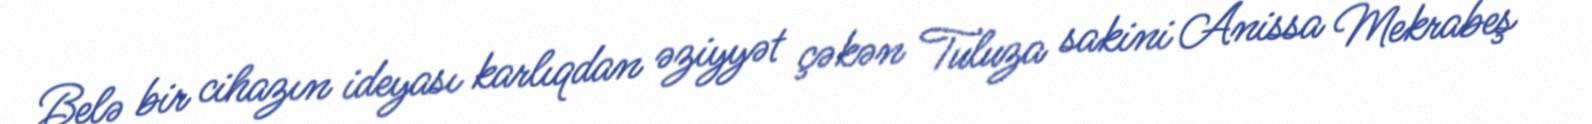
Belə bir cihazın ideyası karlıqdan əziyyət çəkən Tuluza sakini Anissa Mekrabeş